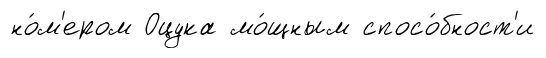
но́м'ером Оцука мо́щным спосо́бност'и